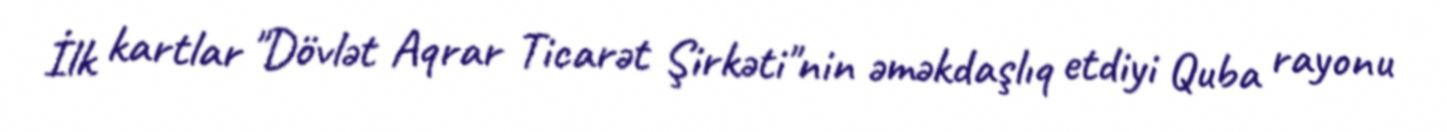
İlk kartlar "Dövlət Aqrar Ticarət Şirkəti"nin əməkdaşlıq etdiyi Quba rayonu